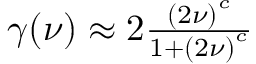
\begin{array} { r } { \gamma ( \nu ) \approx 2 \frac { \left( 2 \nu \right) ^ { c } } { 1 + \left( 2 \nu \right) ^ { c } } } \end{array}